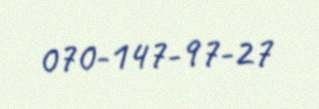
070-147-97-27